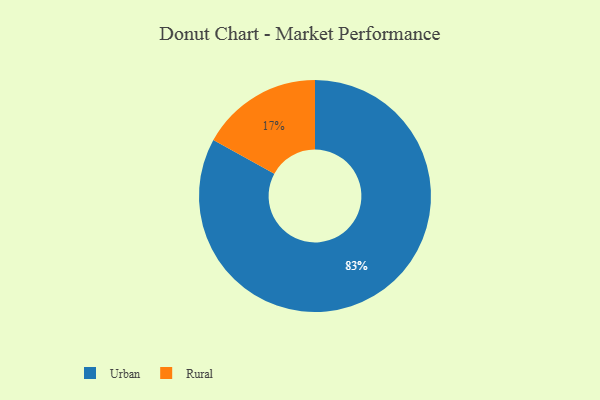
{"axis": {"x": "Category", "y": "Percentage"}, "legend": ["Rural", "Urban"], "data": [{"x": "Rural", "y": 17, "type": "Rural"}, {"x": "Urban", "y": 83, "type": "Urban"}]}